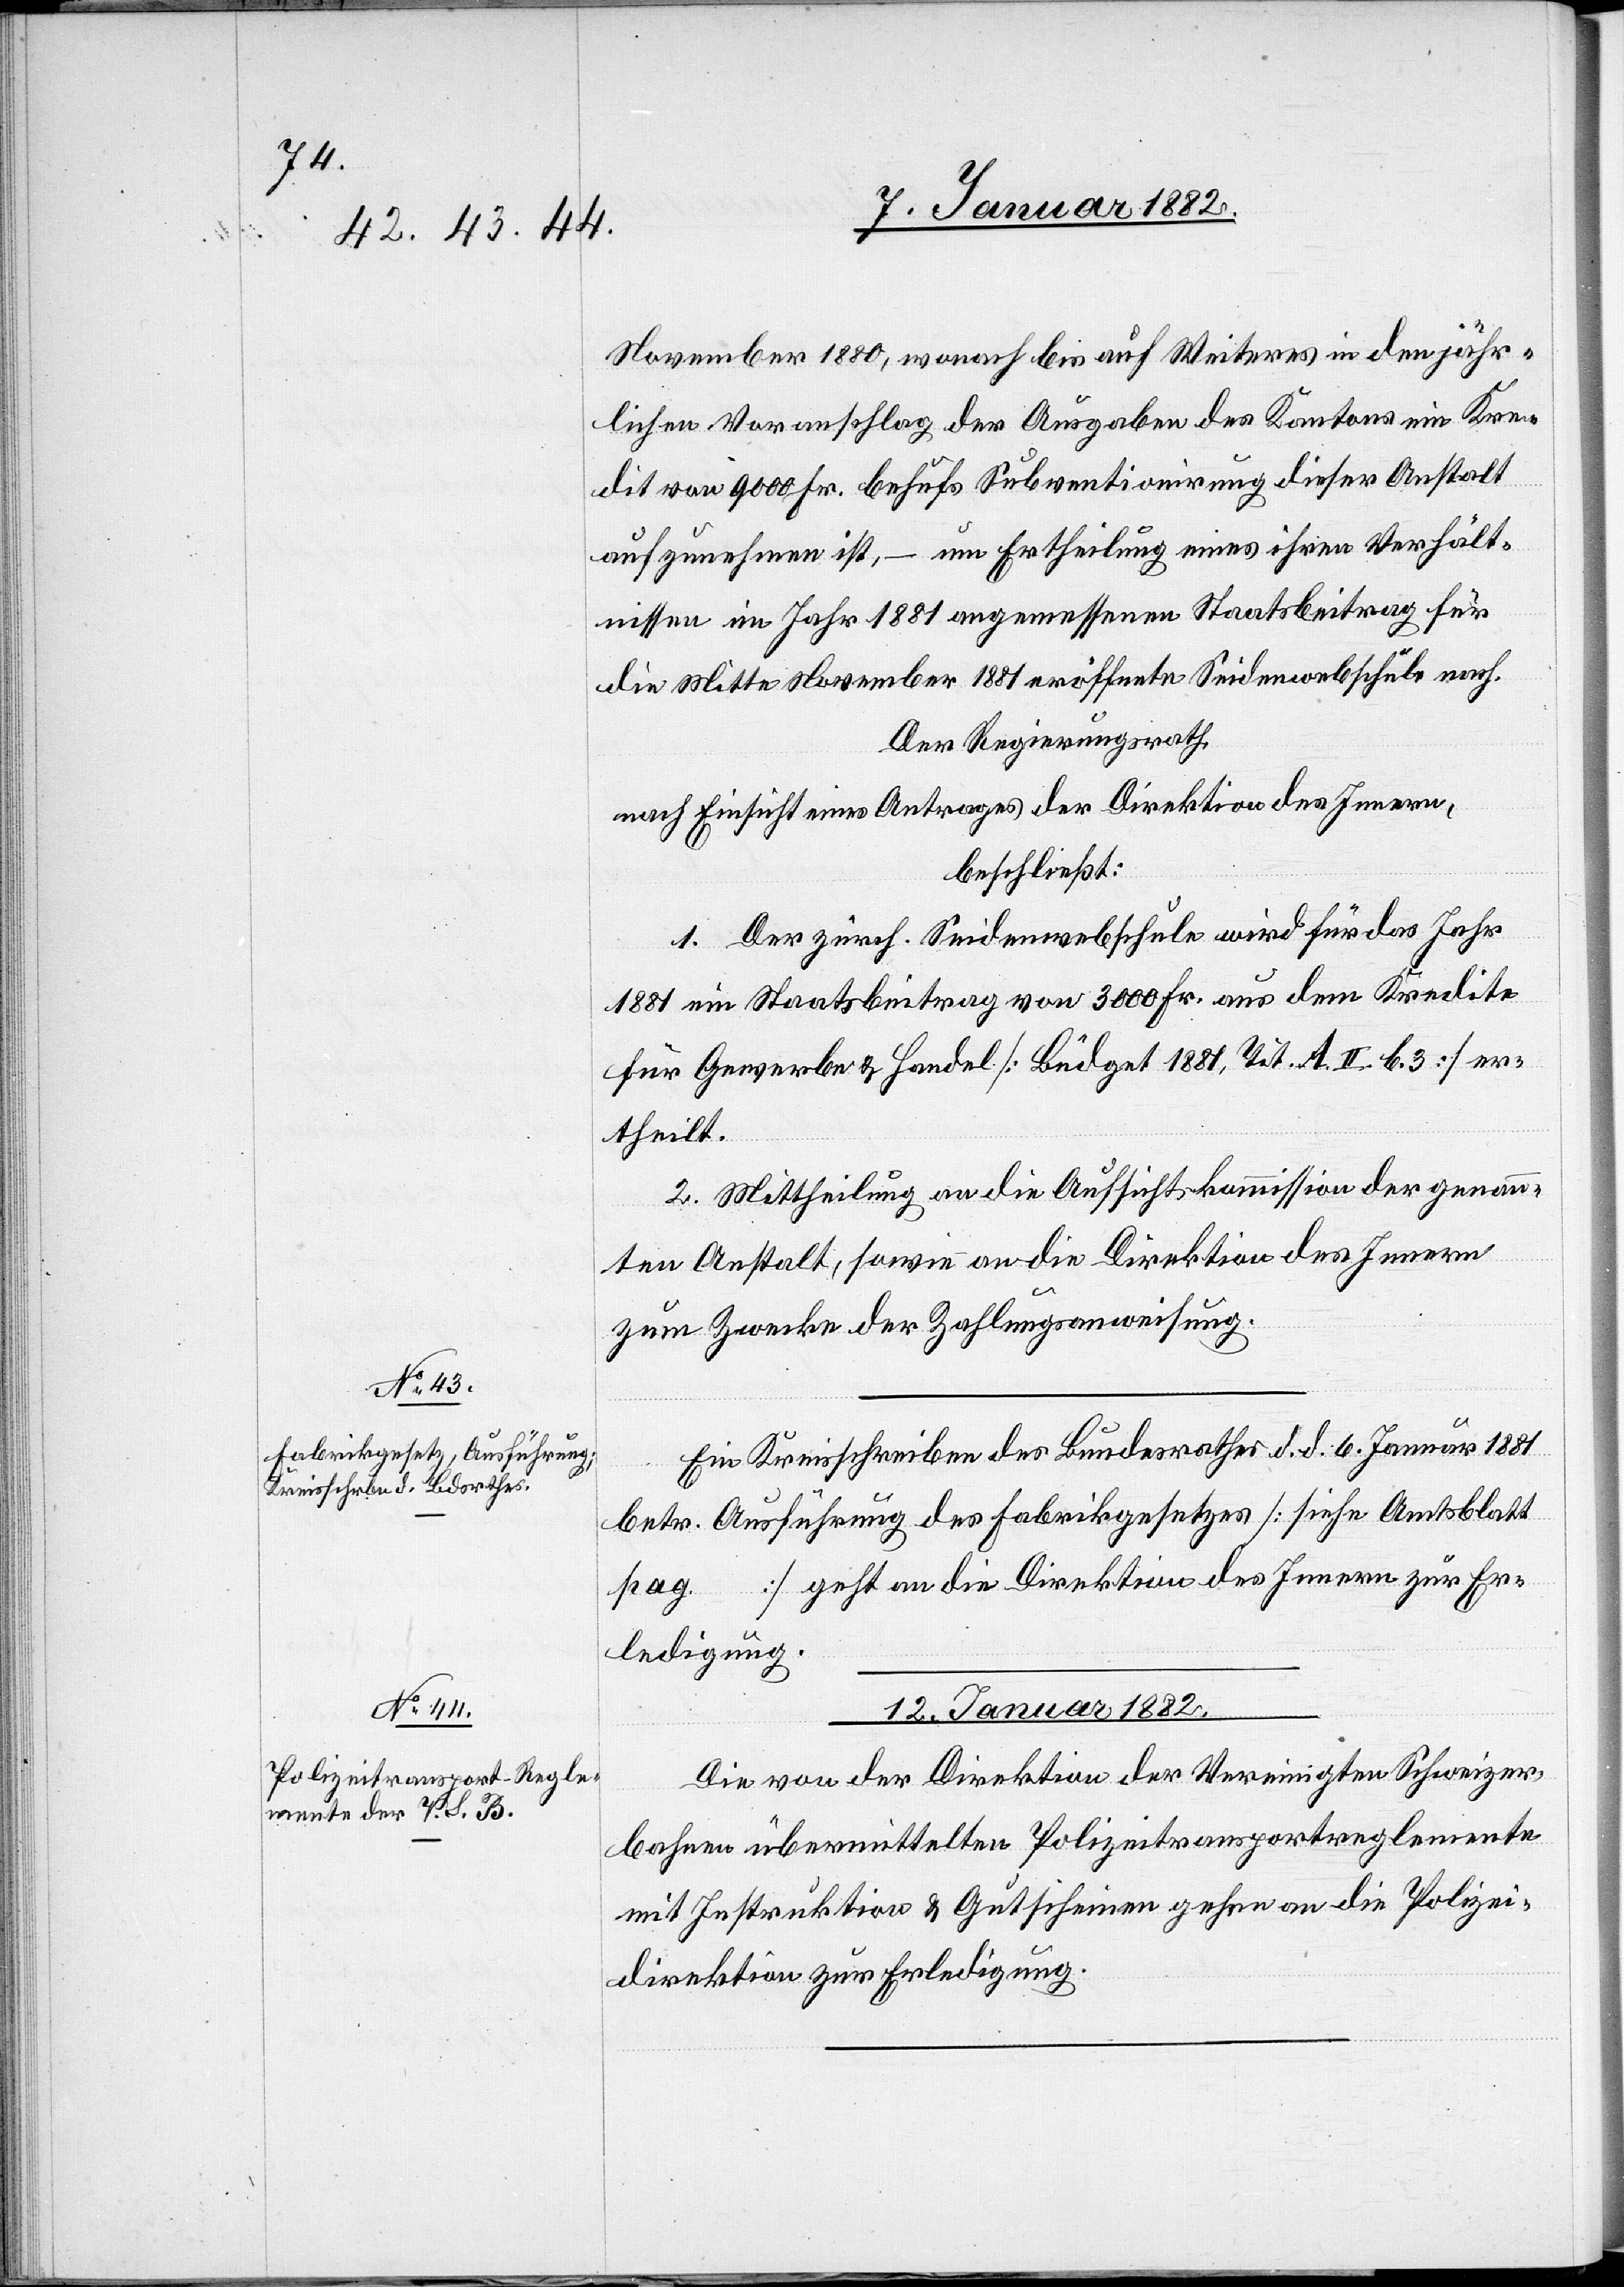
November 1880, wonach bis auf Weiteres in den jähr¬
lichen Voranschlag der Ausgaben des Kantons ein Kre¬
dit von 9000 Fr. behufs Subventionirung dieser Anstalt
aufzunehmen ist, – um Ertheilung eines ihren Verhält¬
nissen im Jahr 1881 angemessenen Staatsbeitrag für
die Mitte November 1881 eröffnete Seidenwebschule nach.
Der Regierungsrath,
nach Einsicht eines Antrages der Direktion des Innern,
beschließt:
1. Der zürch. Seidenwebschule wird für das Jahr
1881 ein Staatsbeitrag von 3000 Fr. aus dem Kredite
für Gewerbe & Handel [Büdget 1881, Tit. A. II. b. 3] er¬
theilt.
2. Mittheilung an die Aufsichtskommission der genann¬
ten Anstalt, sowie an die Direktion des Innern
zum Zwecke der Zahlungsanweisung.
Ein Kreisschreiben des Bundesrathes d. d. 6. Januar 1881
betr. Ausführung des Fabrikgesetzes [siehe Amtsblatt
pag. … ] geht an die Direktion des Innern zur Er¬
ledigung.
12. Januar 1882.
Die von der Direktion der Vereinigten Schweizer¬
bahnen übermittelten Polizeitransportreglemente
mit Instruktion & Gutscheinen gehen an die Polizei¬
direktion zur Erledigung.